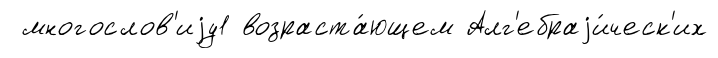
многослов'иjу1 возраста́ющем Алг'ебраjи́ческ'их